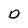
Character: D